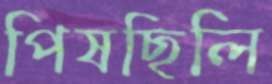
পিষছিলি